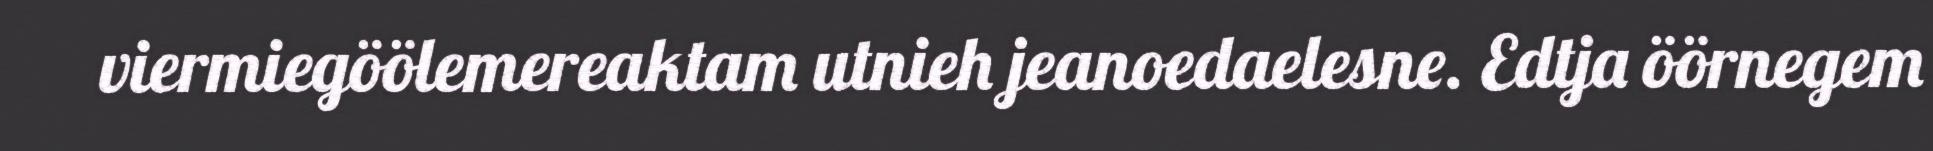
viermiegöölemereaktam utnieh jeanoedaelesne. Edtja öörnegem